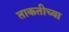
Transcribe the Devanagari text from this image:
ताकतीच्या